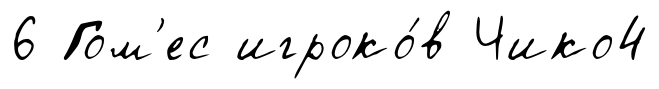
6 Гом'ес игроко́в Чико4